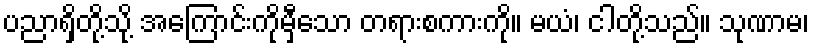
ပညာရှိတို့သို့ အကြောင်းကိုမှီသော တရားစကားကို။ မယံ၊ ငါတို့သည်။ သုဏာမ၊